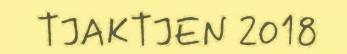
TJAKTJEN 2018